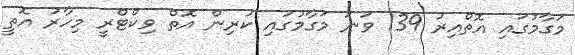
މަގާމުގައި އޮތްއިރު 139 ވަނަ މަގާމުގައި ކުރިން އޮތް ވިކްޓްރީ މިހާރު އޮތީ